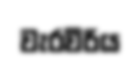
වැරවීරිය